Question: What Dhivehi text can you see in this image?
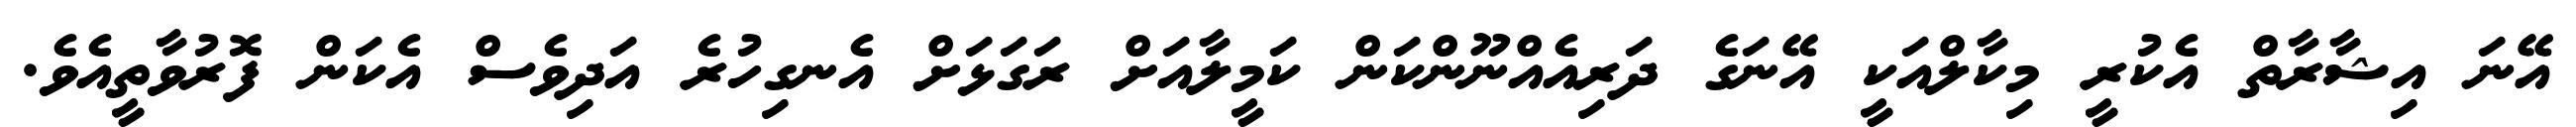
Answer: އޭނަ އިޝާރާތް އެކުރީ މިކާލްއަކީ އޭނަގެ ދަރިއެއްނޫންކަން ކަމީލާއަށް ރަގަޅަށް އެނގިހުރެ އަދިވެސް އެކަން ފޮރުވާތީއެވެ.